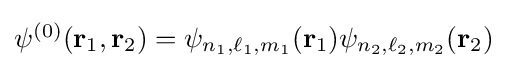
{\textstyle \psi ^{(0)}(\mathbf {r} _{1},\mathbf {r} _{2})=\psi _{n_{1},\ell _{1},m_{1}}(\mathbf {r} _{1})\psi _{n_{2},\ell _{2},m_{2}}(\mathbf {r} _{2})}